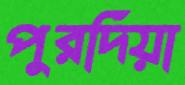
পুরদিয়া